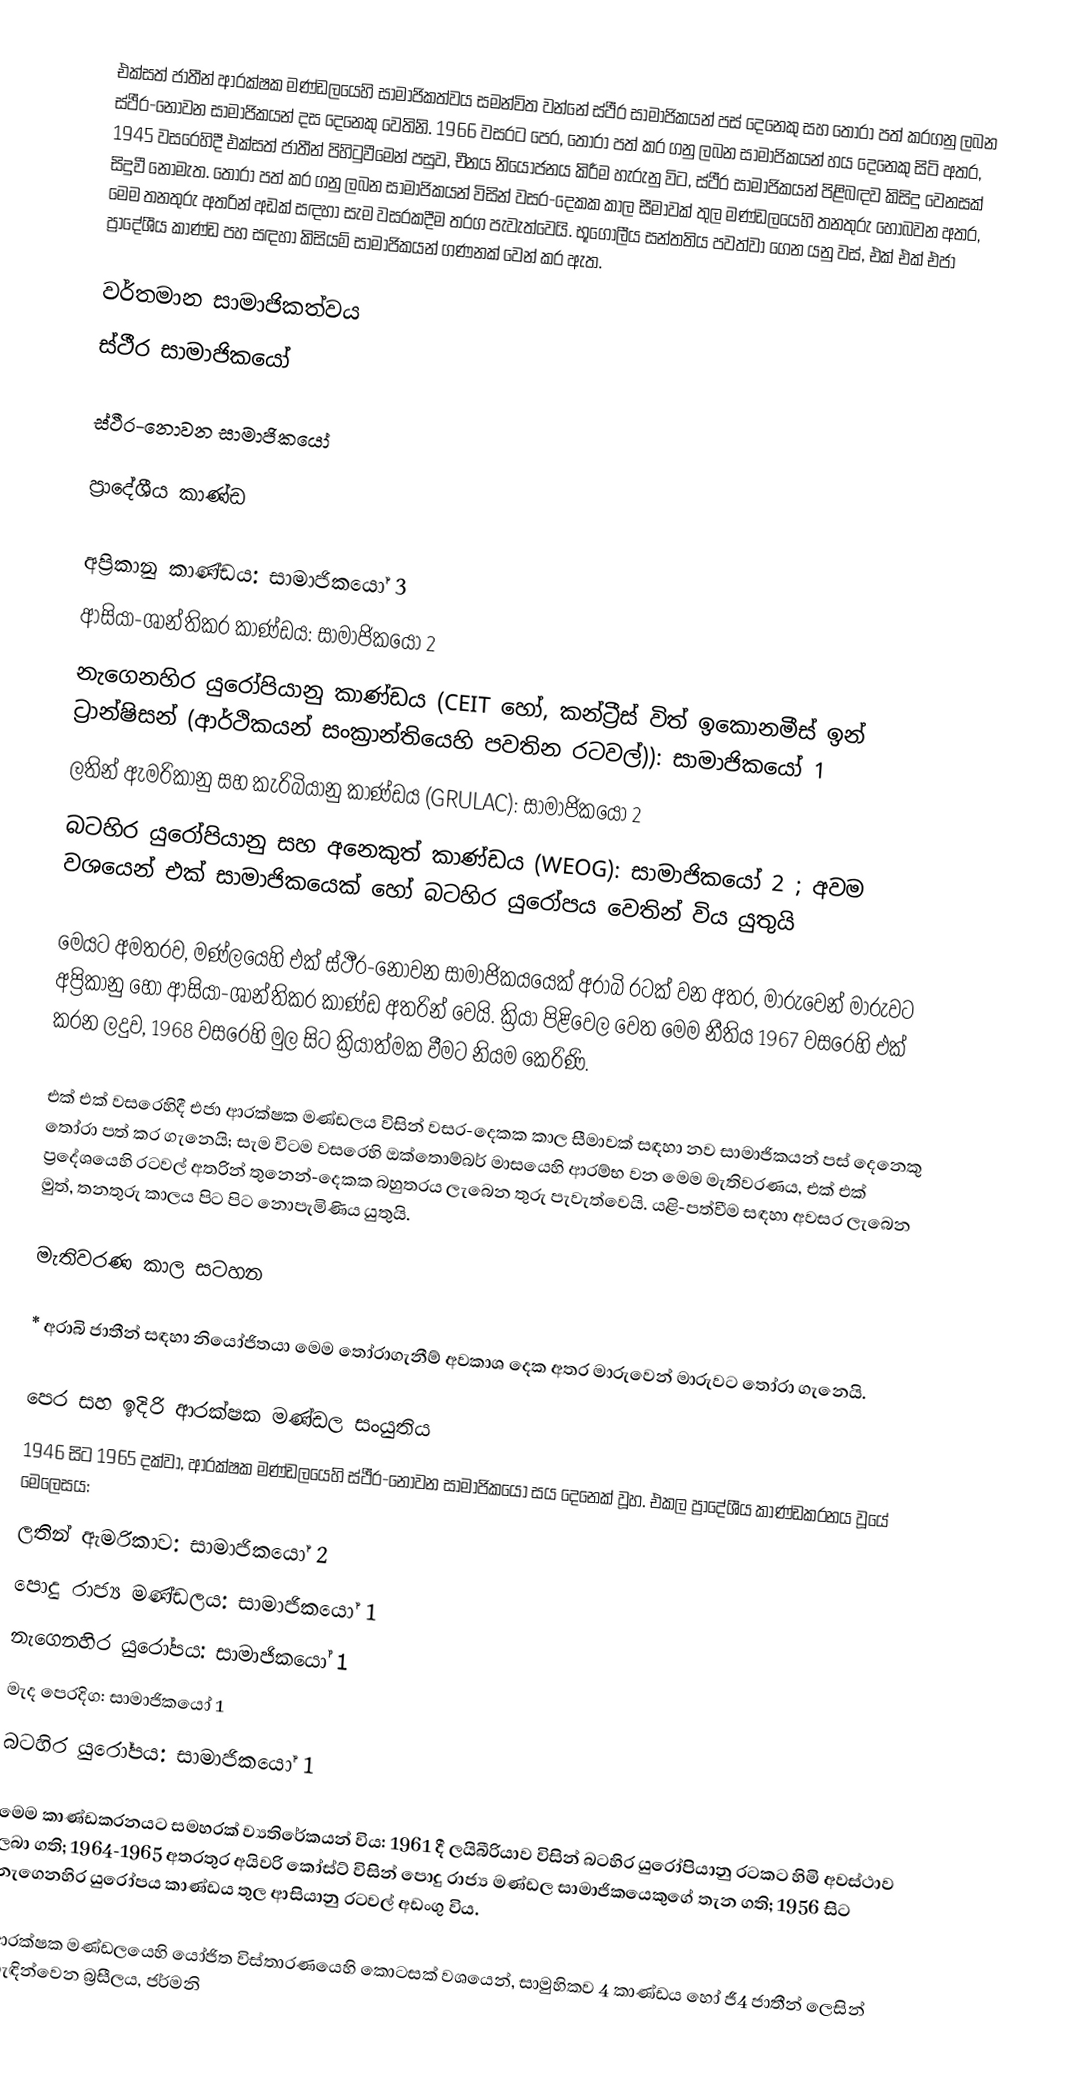
එක්සත් ජාතීන්  ආරක්ෂක මණ්ඩලයෙහි සාමාජිකත්වය සමන්විත වන්නේ ස්ථීර සාමාජිකයන් පස් දෙනෙකු සහ තෝරා පත් කරගනු ලබන ස්ථීර-නොවන සාමාජිකයන් දස  දෙනෙකු වෙතිනි. 1966 වසරට පෙර, තෝරා පත් කර ගනු ලබන සාමාජිකයන් හය දෙනෙකු සිටි අතර, 1945 වසරෙහිදී එක්සත් ජාතීන් පිහිටුවීමෙන් පසුව, චීනය නියෝජනය කිරීම හැරුනු විට, ස්ථීර සාමාජිකයන් පිළිබඳව කිසිදු වෙනසක් සිදුවී නොමැත. තෝරා පත් කර ගනු ලබන සාමාජිකයන් විසින් වසර-දෙකක කාල සීමාවක් තුල මණ්ඩලයෙහි තනතුරු හොබවන අතර, මෙම තනතුරු අතරින් අඩක් සඳහා සැම වසරකදීම තරග පැවැත්වෙයි. භූගෝලීය  සන්තතිය පවත්වා ගෙන යනු වස්, එක් එක් එජා ප්‍රාදේශීය කාණ්ඩ පහ සඳහා කිසියම් සාමාජිකයන් ගණනක් වෙන් කර ඇත.

වර්තමාන සාමාජිකත්වය
ස්ථීර සාමාජිකයෝ

ස්ථීර-නොවන සාමාජිකයෝ

ප්‍රාදේශීය කාණ්ඩ

 අප්‍රිකානු කාණ්ඩය: සාමාජිකයෝ 3
 ආසියා-ශාන්තිකර කාණ්ඩය: සාමාජිකයෝ 2
 නැගෙනහිර යුරෝපියානු කාණ්ඩය (CEIT හෝ, කන්ට්‍රීස් විත් ඉකොනමීස් ඉන් ට්‍රාන්ෂිසන් (ආර්ථිකයන් සංක්‍රාන්තියෙහි පවතින රටවල්)): සාමාජිකයෝ 1
  ලතින් ඇමරිකානු සහ කැරිබියානු කාණ්ඩය (GRULAC): සාමාජිකයෝ 2
 බටහිර යුරෝපියානු සහ අනෙකුත් කාණ්ඩය (WEOG): සාමාජිකයෝ 2 ; අවම වශයෙන් එක් සාමාජිකයෙක් හෝ බටහිර යුරෝපය වෙතින් විය යුතුයි

මෙයට අමතරව, මණ්ලයෙහි එක් ස්ථීර-නොවන සාමාජිකයයෙක්  අරාබි රටක් වන අතර, මාරුවෙන් මාරුවට අප්‍රිකානු හෝ ආසියා-ශාන්තිකර කාණ්ඩ අතරින් වෙයි. ක්‍රියා පිළිවෙල වෙත මෙම නීතිය 1967 වසරෙහි එක් කරන ලදුව, 1968 වසරෙහි මුල සිට ක්‍රියාත්මක වීමට නියම කෙරිණි.

එක් එක් වසරෙහිදී එජා ආරක්ෂක මණ්ඩලය විසින් වසර-දෙකක කාල සීමාවක් සඳහා නව සාමාජිකයන් පස් දෙනෙකු තෝරා පත් කර ගැනෙයි; සැම විටම වසරෙහි ඔක්තොම්බර් මාසයෙහි ආරම්භ වන මෙම මැතිවරණය, එක් එක් ප්‍රදේශයෙහි රටවල් අතරින් තුනෙන්-දෙකක බහුතරය ලැබෙන තුරු පැවැත්වෙයි. යළි-පත්වීම සඳහා අවසර ලැබෙන මුත්, තනතුරු කාලය පිට පිට නොපැමිණිය යුතුයි.

මැතිවරණ කාල සටහන

* අරාබි ජාතීන් සඳහා නියෝජිතයා මෙම තෝරාගැනීම් අවකාශ දෙක අතර මාරුවෙන් මාරුවට තෝරා ගැනෙයි.

පෙර සහ ඉදිරි ආරක්ෂක මණ්ඩල සංයුතිය
1946 සිට 1965 දක්වා, ආරක්ෂක මණ්ඩලයෙහි ස්ථීර-නොවන සාමාජිකයෝ සය දෙනෙක් වූහ. එකල ප්‍රාදේශීය කාණ්ඩකරනය වූයේ මෙලෙසය:
 ලතින් ඇමරිකාව: සාමාජිකයෝ 2
 පොදු රාජ්‍ය මණ්ඩලය: සාමාජිකයෝ 1
 නැගෙනහිර යුරෝපය: සාමාජිකයෝ 1
 මැද පෙරදිග: සාමාජිකයෝ 1
 බටහිර යුරෝපය: සාමාජිකයෝ 1

මෙම කාණ්ඩකරනයට සමහරක් ව්‍යතිරේකයන් විය: 1961 දී ලයිබීරියාව විසින් බටහිර යුරෝපියානු රටකට හිමි අවස්ථාව ලබා ගති; 1964-1965 අතරතුර  අයිවරි කෝස්ට් විසින් පොදු රාජ්‍ය මණ්ඩල සාමාජිකයෙකුගේ තැන ගති; 1956 සිට නැගෙනහිර යුරෝපය කාණ්ඩය තුල ආසියානු රටවල් අඩංගු විය.

ආරක්ෂක මණ්ඩලයෙහි යෝජිත විස්තාරණයෙහි කොටසක් වශයෙන්,  සාමුහිකව  4 කාණ්ඩය හෝ ජී4 ජාතීන් ලෙසින් හැඳින්වෙන බ්‍රසීලය, ජර්මනි